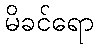
မိခင်ရော